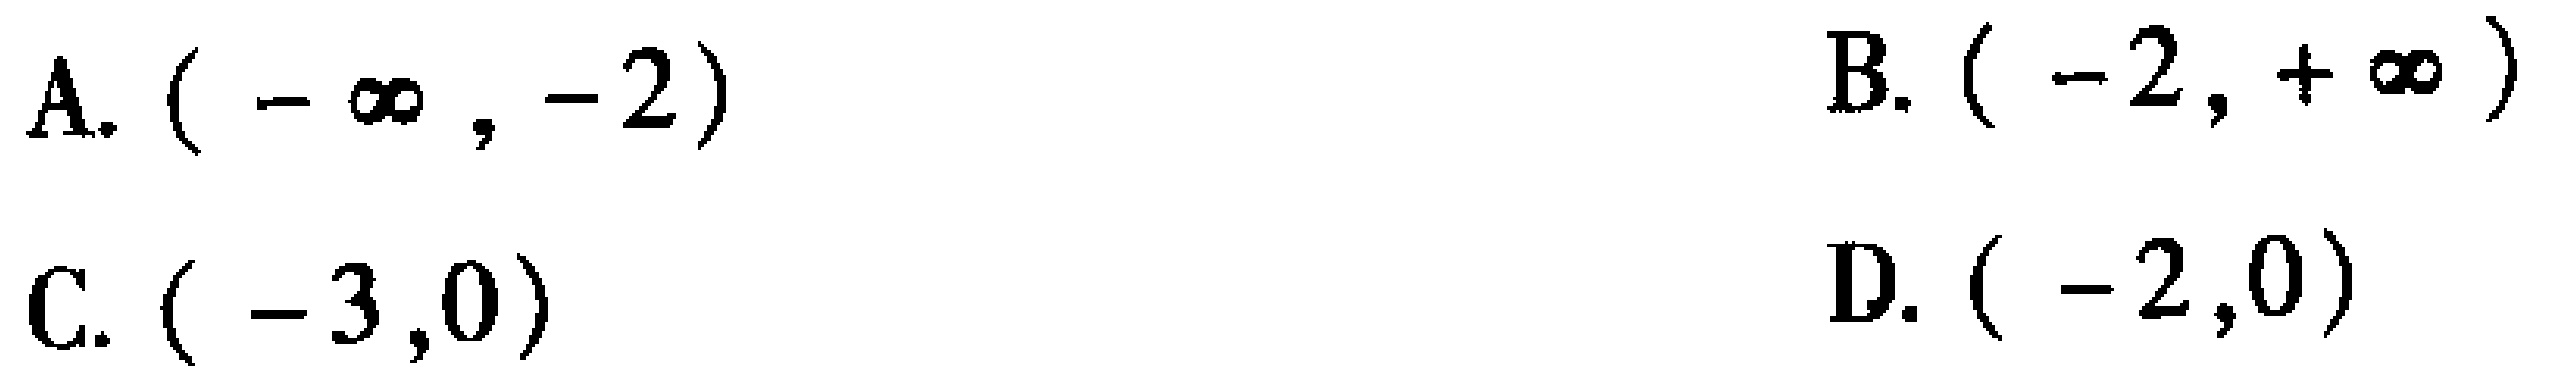
A. \((-\infty, -2)\)

B. \((-2, +\infty)\)

C. \((-3,0)\)

D. \((-2,0)\)